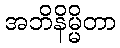
အဘိနိမ္မိတာ